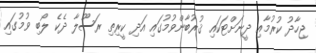
ޖިހާދު ކުރުމާއި ދީނަށްޓަކައި ޤުރުބާންވުމުގައި އަދި ކީރިތި ރަސޫލާ ދެކެ ލޯބި ވުމުގައި